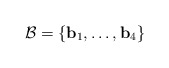
\begin{align*}\mathcal{B} = \{\mathbf{b}_1,\ldots,\mathbf{b}_4\}\end{align*}